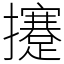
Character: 攓